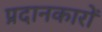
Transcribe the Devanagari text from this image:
प्रदानकारों